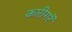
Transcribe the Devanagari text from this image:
कारीगरें